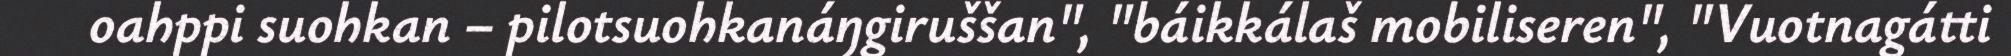
oahppi suohkan – pilotsuohkanáŋgiruššan", "báikkálaš mobiliseren", "Vuotnagátti